Scottish Leaving Certificate Examination, 1951
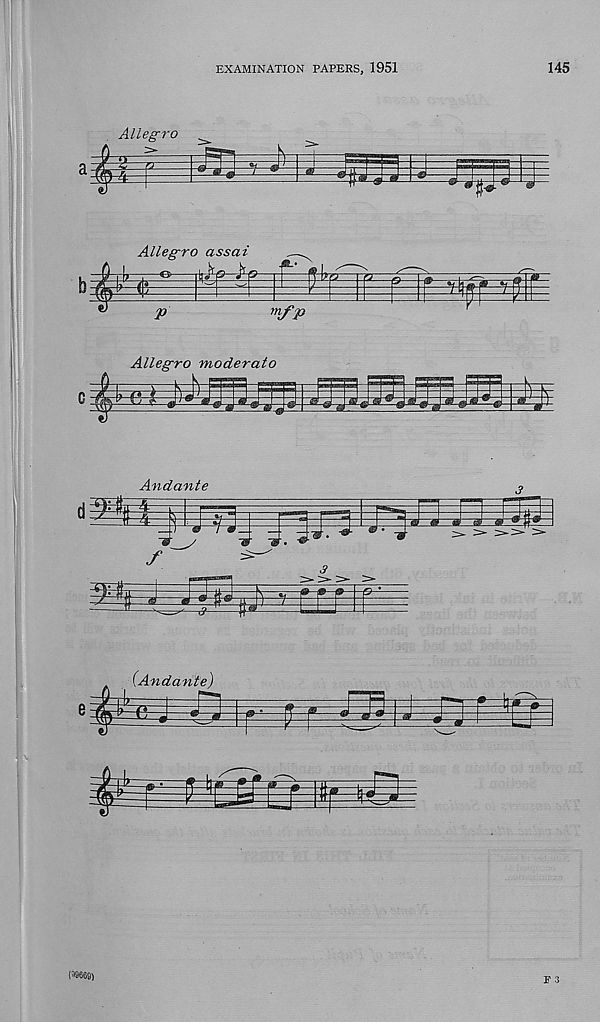
EXAMINATION PAPERS, 1951
145
Allegro moderate
Andante
Slii J
JTiPj \
{Andante)
F 3